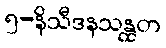
၅-နိသီဒနသန္ထတ